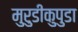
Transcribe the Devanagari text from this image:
मुरुडीकुपुडा